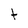
Character: t